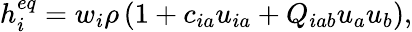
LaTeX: h_{i}^{eq}=w_{i}\rho\left(1+c_{ia}u_{ia}+Q_{iab}u_{a}u_{b}\right),